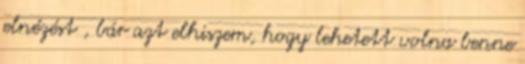
elnézést , bár azt elhiszem, hogy lehetett volna benne